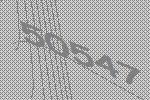
50547